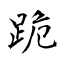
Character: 跪